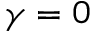
\gamma = 0